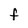
Character: F